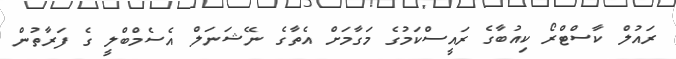
ރައުލް ކާސްޓްރޯ ކިއުބާގެ ރައީސްކަމުގެ މަގާމަށް އެތާގެ ނޭޝަނަލް އެސެމްބްލީ ގެ ފަރާތުން